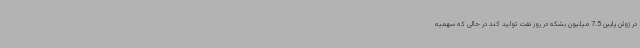
در ژوئن پایین 7.5 میلیون بشکه در روز نفت تولید کند در حالی که سهمیه